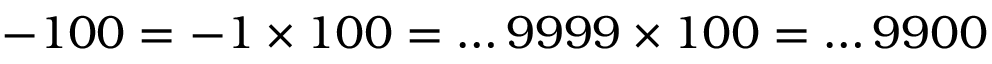
- 1 0 0 = - 1 \times 1 0 0 = \dots 9 9 9 9 \times 1 0 0 = \dots 9 9 0 0